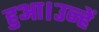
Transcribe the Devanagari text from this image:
हुआ।उन्हें